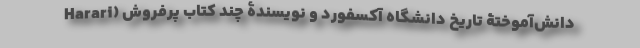
Harari) دانش‌آموختۀ تاریخ دانشگاه آکسفورد و نویسندۀ چند کتاب پرفروش